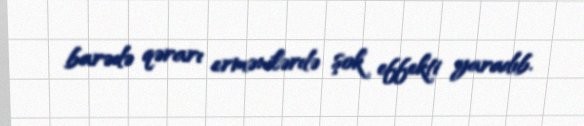
barədə qərarı ermənilərdə şok effekti yaradıb.